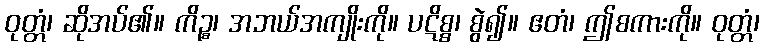
ဝုတ္တံ၊ ဆိုအပ်၏။ ကိဉ္စ၊ အဘယ်အကျိုးကို။ ပဋိစ္စ၊ စွဲ၍။ ဧတံ၊ ဤစကားကို။ ဝုတ္တံ၊